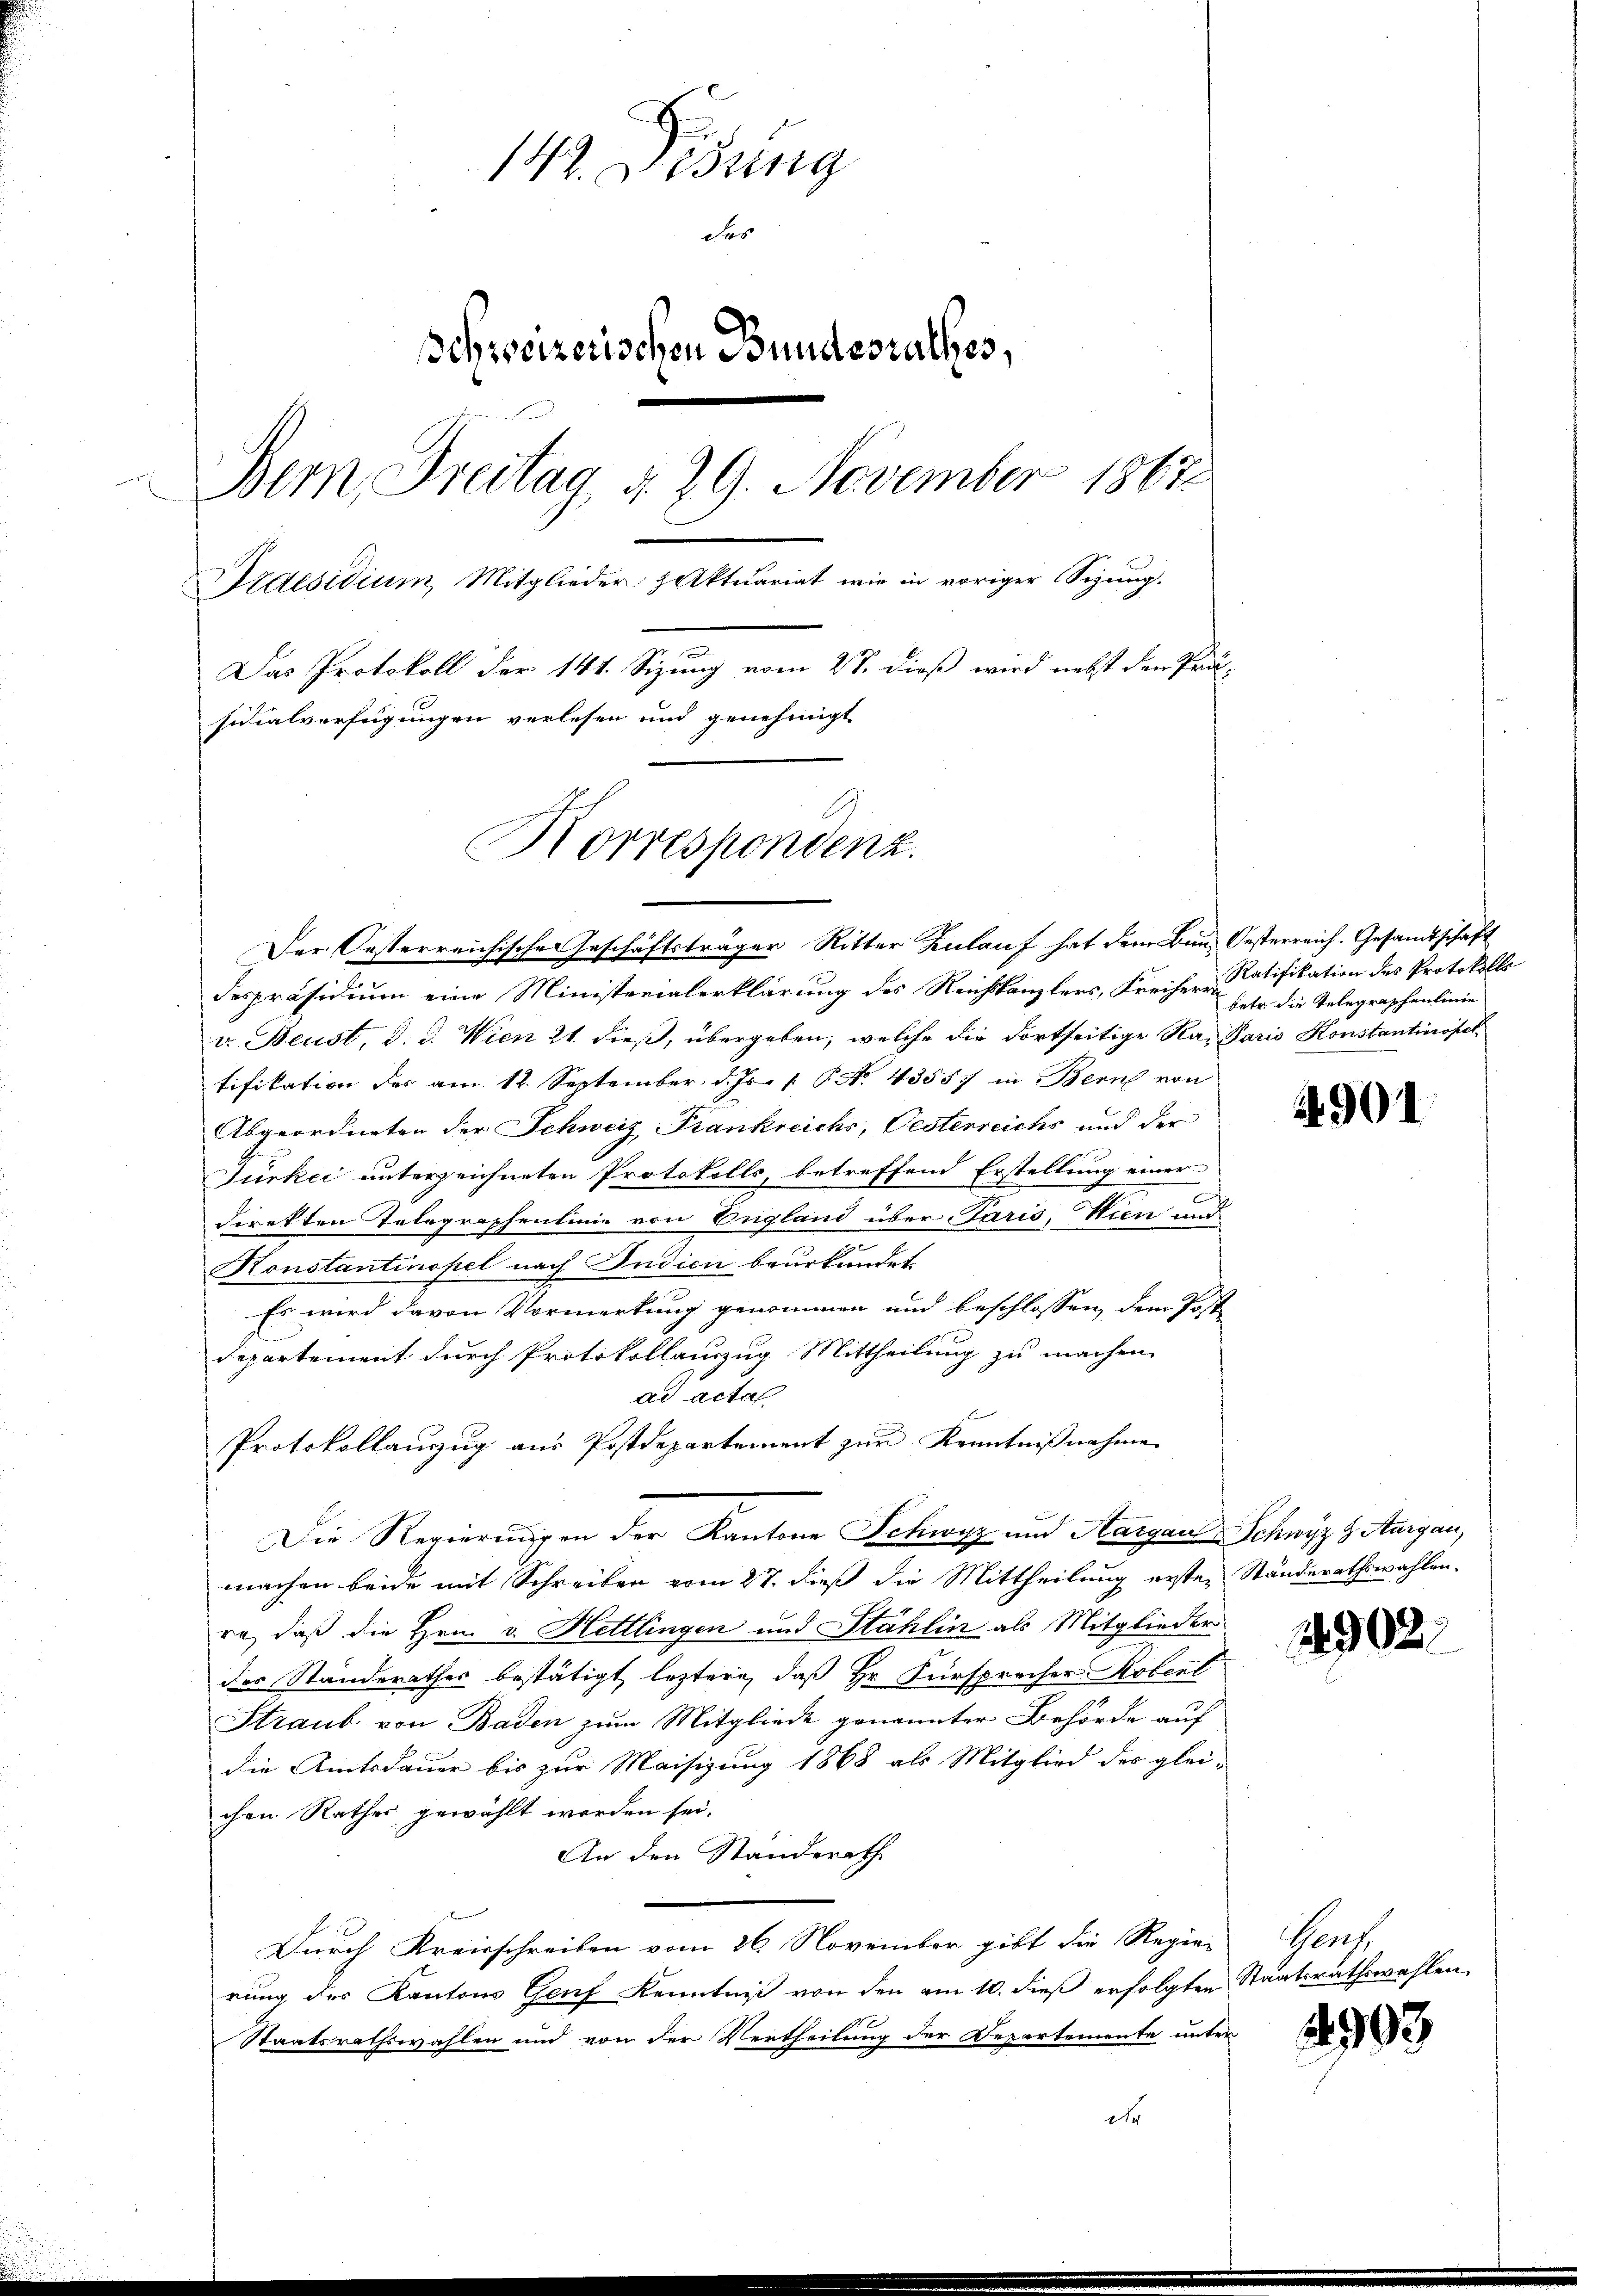
142. Didung
Fes
Schweizerischen Bundesrathes,
Bern, Freitag d. 29. November 1867
e
Praesidium, Mitglieder Aktuariat wie in voriger Sizung.
Das Protokoll der 141. Sizung 27. dieß wird nebst den Pri-
sidialverfügungen verlesen und genehmigt
Korrespondenz.

Der Oesterreichische Geschäftsträger Ritter Zulauf hat dem Bin Oesterreich. Gesandtschaft
despräsidium eine Ministerialerklärung des Reichskanzlers, Freiherr Ratifikation des Protokolls
v. Beust, d. d. Wien 21. dieß, übergeben, welche die dortseitige Ra- Paris Konstantinopet
tifikation des am 12. September d. Js. 1. P. N. 43557 in Bern von
Abgeordneten der Schweiz Frankreichs, Oesterreichs und der
Türkei unterzeichneten Protokolls, betreffend Erstellung einer
direkten Telegraphenlinie von England über Paris, Wien und
Konstantinopel nach Judici beurkundet
Es wird davon Vormerkung genommen und beschlossen, dem Post-
Departement durch Protokollauszug Mittheilung zu machen.
ad acta
Protokollanzug aus Postdepartement zur Kenntnißnahme
Die Regierungen der Kantone Schwyz und Aargau Schwyz z. Aargau,
machen beide mit Schreiben vom 27. dieß die Mittheilung ersten Ständerathswahlen.
ra, daß die Hrn. v. Hettlingen und Stählin als Mitglieder
des Standerathes bestätigt, leztere, daß Hr. Fürsprecher Koberl
Straub von Baden zum Mitgliede genannter Behörde auf
die Amtsdauer bis zur Meisigung 1868 als Mitglied des glei-
chen Rathes gewählt worden sei.
An den Standerath
Durch Kreisschreiben vom 26. November gibt die Regier
rung des Kantons Genf Kenntniß von den am 10. dieß erfolgten Staatsrathswahlen,
Staatsrathswahlen und von der Vertheilung der Departemente unter
d

betr. die Telegraphenlinie

4901

149022

Theres

4903